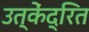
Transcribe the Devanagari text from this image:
उत्केंद्रित